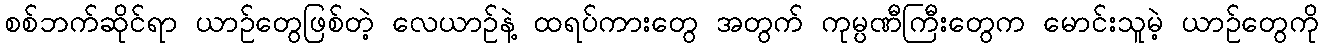
စစ်ဘက်ဆိုင်ရာ ယာဉ်တွေဖြစ်တဲ့ လေယာဉ်နဲ့ ထရပ်ကားတွေ အတွက် ကုမ္ပဏီကြီးတွေက မောင်းသူမဲ့ ယာဉ်တွေကို